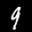
Label: 9